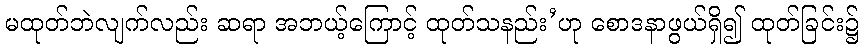
မထုတ်ဘဲလျက်လည်း ဆရာ အဘယ့်ကြောင့် ထုတ်သနည်း’ဟု စောဒနာဖွယ်ရှိ၍ ထုတ်ခြင်း၌